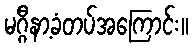
မဂ္ဂီနာ့ခံတပ်အကြောင်း။